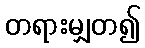
တရားမျှတ၍